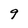
Character: 9